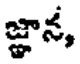
జ్ఞాన,